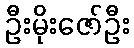
ဦးမိုးဇော်ဦး